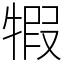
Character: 犌